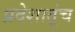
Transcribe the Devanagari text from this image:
प्रदेशातूंच